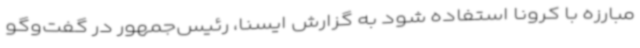
مبارزه با کرونا استفاده شود به گزارش ایسنا، رئیس‌جمهور در گفت‌وگو